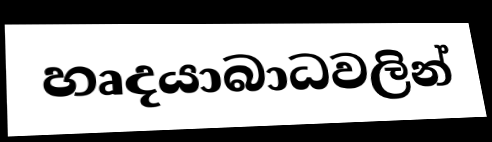
හෘදයාබාධවලින්